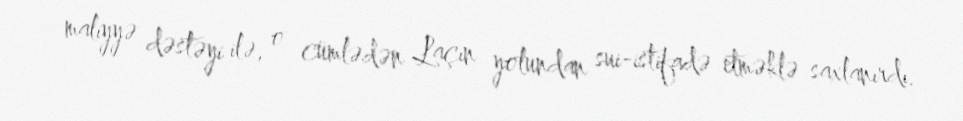
maliyyə dəstəyi ilə, o cümlədən Laçın yolundan sui-istifadə etməklə saxlanırdı.